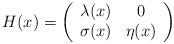
LaTeX: \begin{align*}H(x)=\left( \begin{array}{cc} \lambda(x) & 0 \\ \sigma(x) & \eta(x) \\ \end{array} \right)\end{align*}